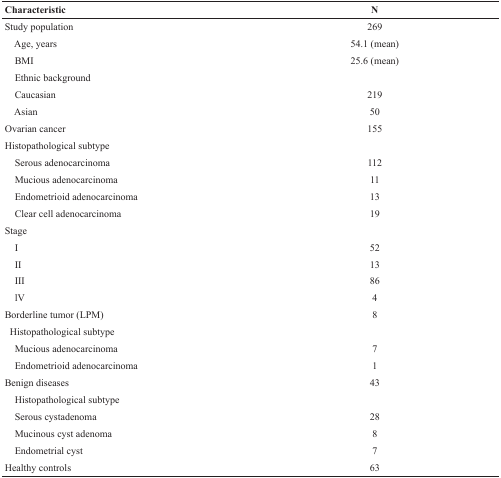
<table><thead><tr><td><b>Characteristic</b></td><td><b>N</b></td></tr></thead><tbody><tr><td>Study population</td><td>269</td></tr><tr><td> Age, years</td><td>54.1 (mean)</td></tr><tr><td> BMI</td><td>25.6 (mean)</td></tr><tr><td> Ethnic background</td><td></td></tr><tr><td> Caucasian</td><td>219</td></tr><tr><td> Asian</td><td>50</td></tr><tr><td>Ovarian cancer</td><td>155</td></tr><tr><td>Histopathological subtype</td><td></td></tr><tr><td> Serous adenocarcinoma</td><td>112</td></tr><tr><td> Mucious adenocarcinoma</td><td>11</td></tr><tr><td> Endometrioid adenocarcinoma</td><td>13</td></tr><tr><td> Clear cell adenocarcinoma</td><td>19</td></tr><tr><td>Stage</td><td></td></tr><tr><td> I</td><td>52</td></tr><tr><td> II</td><td>13</td></tr><tr><td> III</td><td>86</td></tr><tr><td> lV</td><td>4</td></tr><tr><td>Borderline tumor (LPM)</td><td>8</td></tr><tr><td> Histopathological subtype</td><td></td></tr><tr><td> Mucious adenocarcinoma</td><td>7</td></tr><tr><td> Endometrioid adenocarcinoma</td><td>1</td></tr><tr><td>Benign diseases</td><td>43</td></tr><tr><td> Histopathological subtype</td><td></td></tr><tr><td> Serous cystadenoma</td><td>28</td></tr><tr><td> Mucinous cyst adenoma</td><td>8</td></tr><tr><td> Endometrial cyst</td><td>7</td></tr><tr><td>Healthy controls</td><td>63</td></tr></tbody></table>